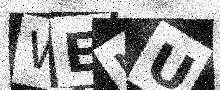
Text: WENU